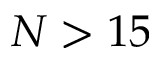
N > 1 5